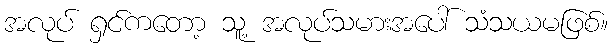
အလုပ် ရှင်ကတော့ သူ့ အလုပ်သမားအပေါ် သံသယမဖြစ်။